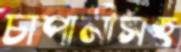
চাপানীসহ